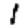
Digit: 1